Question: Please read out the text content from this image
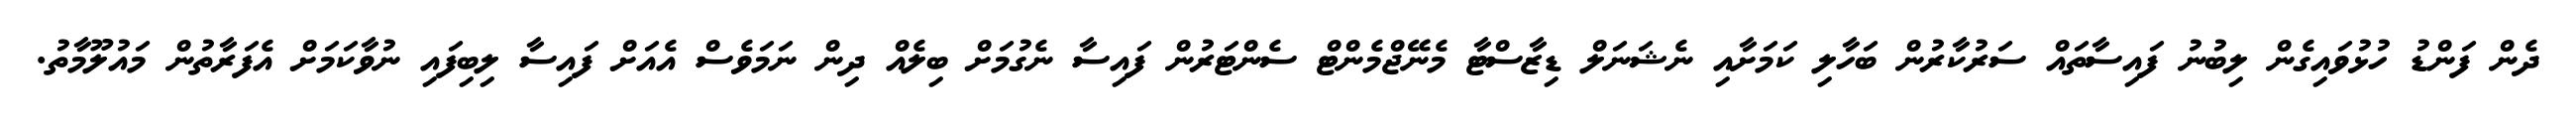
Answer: ދެން ފަންޑު ހުޅުވައިގެން ލިބުނު ފައިސާތައް ސަރުކާރުން ބަހާލި ކަމަށާއި ނެޝަނަލް ޑިޒާސްޓާ މެނޭޖްމެންޓް ސެންޓަރުން ފައިސާ ނެގުމަށް ބިލެއް ދިން ނަމަވެސް އެއަށް ފައިސާ ލިބިފައި ނުވާކަމަށް އެފަރާތުން މައުލޫމާތު.